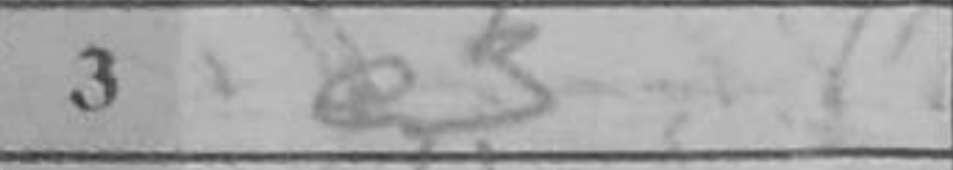
Transcription: e3